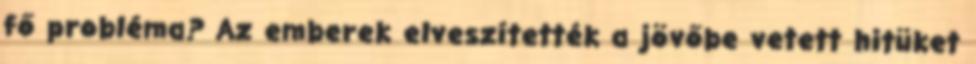
fő probléma? Az emberek elveszítették a jövőbe vetett hitüket